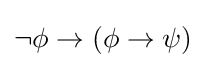
\lnot \phi \to \left(\phi \to \psi \right)